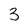
Character: 3